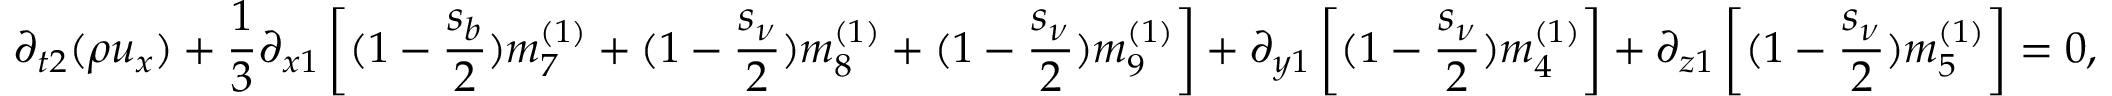
{ \partial _ { t 2 } } ( \rho { u _ { x } } ) + \frac { 1 } { 3 } { \partial _ { x 1 } } \left[ { ( 1 - \frac { { { s _ { b } } } } { 2 } ) m _ { 7 } ^ { ( 1 ) } + ( 1 - \frac { { { s _ { \nu } } } } { 2 } ) m _ { 8 } ^ { ( 1 ) } + ( 1 - \frac { { { s _ { \nu } } } } { 2 } ) m _ { 9 } ^ { ( 1 ) } } \right] + { \partial _ { y 1 } } \left[ { ( 1 - \frac { { { s _ { \nu } } } } { 2 } ) m _ { 4 } ^ { ( 1 ) } } \right] + { \partial _ { z 1 } } \left[ { ( 1 - \frac { { { s _ { \nu } } } } { 2 } ) m _ { 5 } ^ { ( 1 ) } } \right] = 0 ,